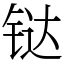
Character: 𫟼